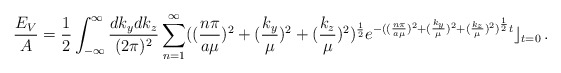
\begin{align*}\frac{E_V}{A}=\frac{1}{2} \int_{-\infty}^{\infty}\frac{dk_ydk_z}{(2\pi)^2} \sum_{n=1}^{\infty}((\frac{n\pi}{a\mu})^2+(\frac{k_y}{\mu})^2+(\frac{k_z}{\mu})^2)^{\frac12}e^{-((\frac{n\pi}{a\mu})^2+(\frac{k_y}{\mu})^2+(\frac{k_z}{\mu})^2)^{\frac12}t}\rfloor_{t=0}\,.\end{align*}